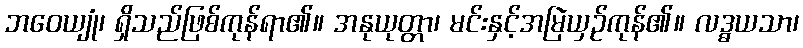
ဘဝေယျုံ၊ ရှိသည်ဖြစ်ကုန်ရာ၏။ အနုယုတ္တာ၊ မင်းနှင့်အမြဲယှဉ်ကုန်၏။ လဒ္ဓယသာ၊